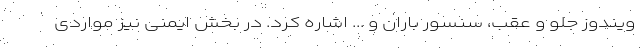
ویندوز جلو و عقب، سنسور باران و ... اشاره کرد. در بخش ایمنی نیز مواردی